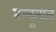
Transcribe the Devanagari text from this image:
मन्नूलाल